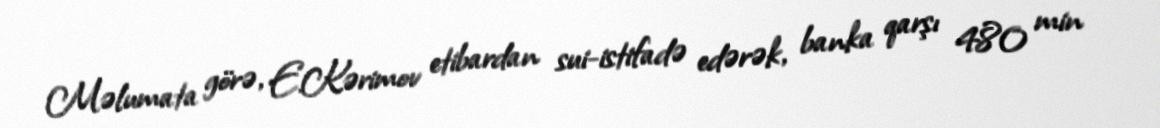
Məlumata görə, E.Kərimov etibardan sui-istifadə edərək, banka qarşı 480 min